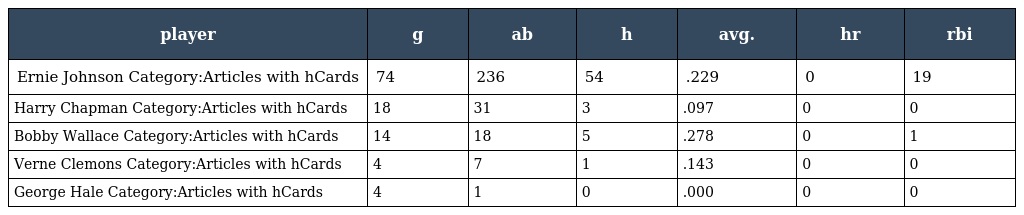
| player | g | ab | h | avg. | hr | rbi |
 | --- | --- | --- | --- | --- | --- | --- |
 | Ernie Johnson Category:Articles with hCards | 74 | 236 | 54 | .229 | 0 | 19 |
 | Harry Chapman Category:Articles with hCards | 18 | 31 | 3 | .097 | 0 | 0 |
 | Bobby Wallace Category:Articles with hCards | 14 | 18 | 5 | .278 | 0 | 1 |
 | Verne Clemons Category:Articles with hCards | 4 | 7 | 1 | .143 | 0 | 0 |
 | George Hale Category:Articles with hCards | 4 | 1 | 0 | .000 | 0 | 0 |